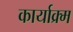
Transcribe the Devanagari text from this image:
कार्याक्र्म